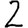
Digit: 2